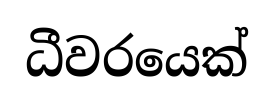
ධීවරයෙක්